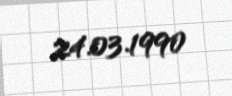
24.03.1990